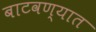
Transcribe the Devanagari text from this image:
बाटवण्यात